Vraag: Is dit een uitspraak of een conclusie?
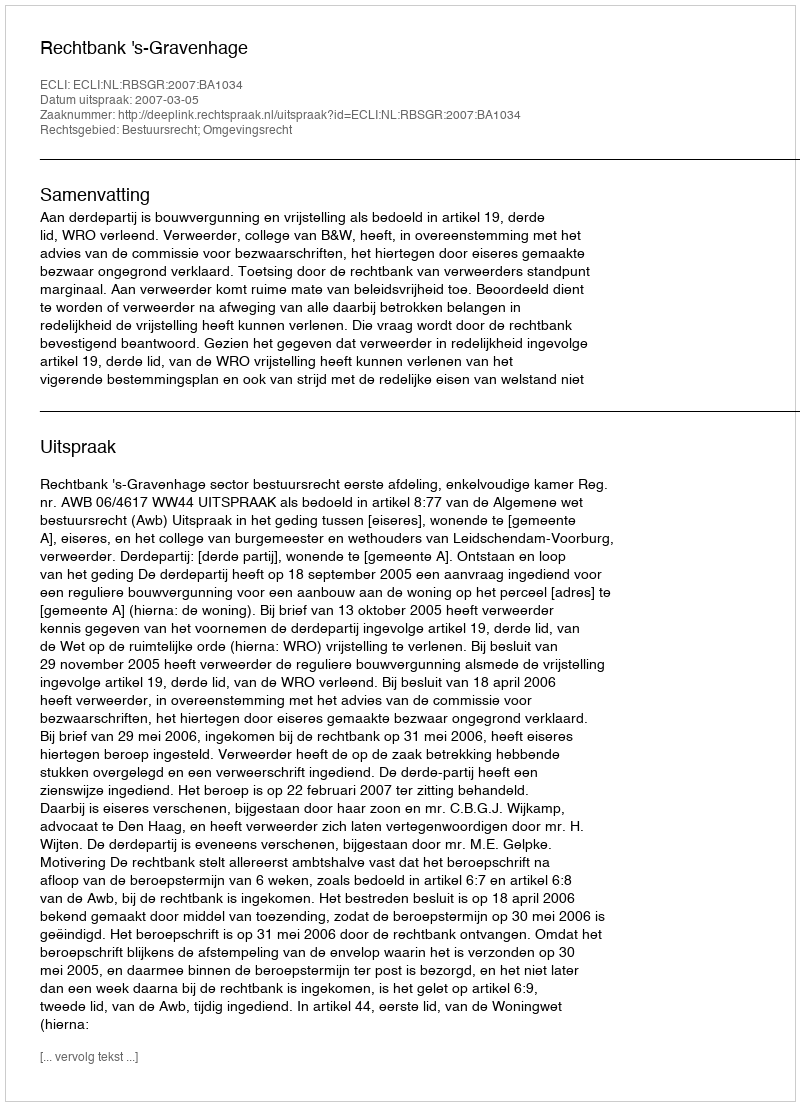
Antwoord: Uitspraak